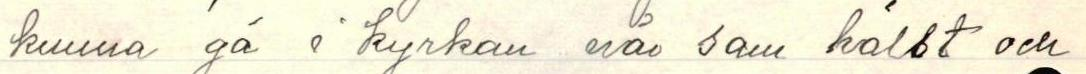
kunna gå i kyrkan når sam hälst och